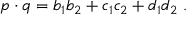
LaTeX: p \cdot q = b _ { 1 } b _ { 2 } + c _ { 1 } c _ { 2 } + d _ { 1 } d _ { 2 } ~ .